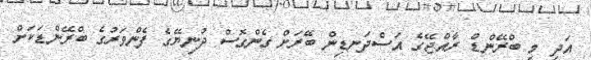
އަދި މި ބްރޭންޑް ރާއްޖޭގެ އަސްދަނޑިން ބޭރަށް ގެންގޮސް ދުނިޔޭގެ ފެންވަރުގެ ބްރޭންޑަކަށް